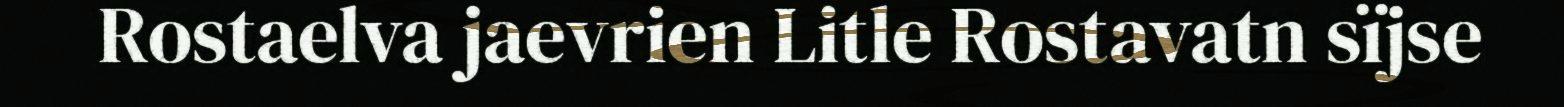
Rostaelva jaevrien Litle Rostavatn sïjse